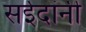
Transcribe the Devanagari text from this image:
सईदांनी